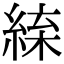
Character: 𦁛